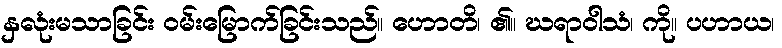
နှလုံးမသာခြင်း ဝမ်းမြောက်ခြင်းသည်။ ဟောတိ၊ ၏။ ဃရာဝါသံ၊ ကို။ ပဟာယ၊